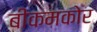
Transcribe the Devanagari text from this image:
बीकमकोर